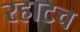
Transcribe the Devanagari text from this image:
रहाटच